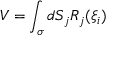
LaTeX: V = \int _ { \sigma } d S _ { j } R _ { j } ( \xi _ { i } )